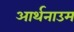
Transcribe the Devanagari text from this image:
आर्थनाउम